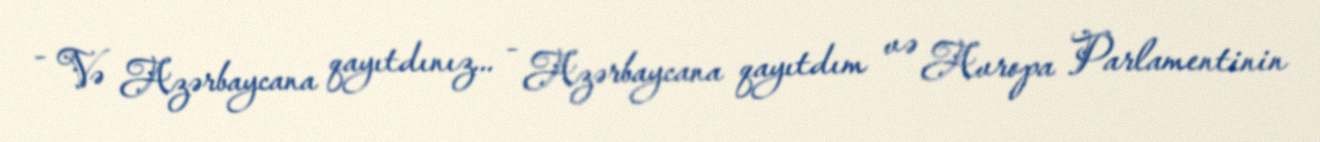
- Və Azərbaycana qayıtdınız... - Azərbaycana qayıtdım və Avropa Parlamentinin